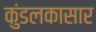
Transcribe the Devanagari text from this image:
कुंडलकासार